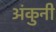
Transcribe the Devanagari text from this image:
अंकुनी